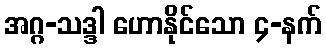
အဂ္ဂ-သဒ္ဒါ ဟောနိုင်သော ၄-နက်